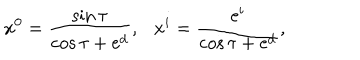
LaTeX: x ^ { 0 } = \frac { \sin \tau } { \cos \tau + \mathrm { e } ^ { d } } , \ \ \ x ^ { i } = \frac { \mathrm { e } ^ { i } } { \cos \tau + \mathrm { e } ^ { d } } ,